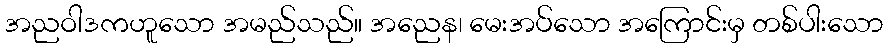
အညဝါဒကဟူသော အမည်သည်။ အညေန၊ မေးအပ်သော အကြောင်းမှ တစ်ပါးသော